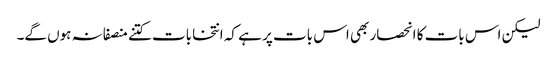
لیکن اس بات کا انحصار بھی اس بات پر ہے کہ انتخابات کتنے منصفانہ ہوں گے۔